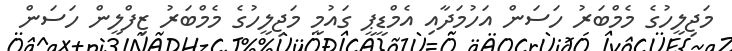
މަޖިލީހުގެ މެމްބަރު ހަސަން އަހުމަދާއި އެމްޑީޕީ ގައުމީ މަޖިލީހުގެ މެމްބަރު ޒިފްލީން ހަސަން